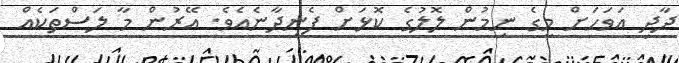
ދާދި އަވަހަށް މީގެ ނިމުން ލޮލުގެ ކޮޅަށް ފެނިދާނެެއެވެ. އޭރުން މާ ލަސްތަކެއް